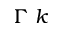
\Gamma \ k